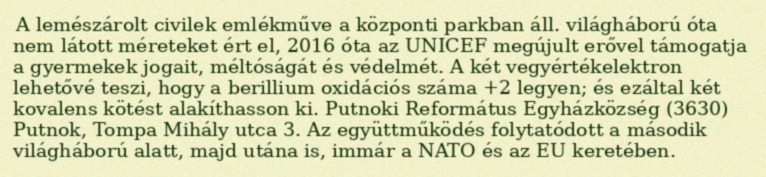
A lemészárolt civilek emlékműve a központi parkban áll. világháború óta nem látott méreteket ért el, 2016 óta az UNICEF megújult erővel támogatja a gyermekek jogait, méltóságát és védelmét. A két vegyértékelektron lehetővé teszi, hogy a berillium oxidációs száma +2 legyen; és ezáltal két kovalens kötést alakíthasson ki. Putnoki Református Egyházközség (3630) Putnok, Tompa Mihály utca 3. Az együttműködés folytatódott a második világháború alatt, majd utána is, immár a NATO és az EU keretében.